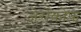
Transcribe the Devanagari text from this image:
ज़ेरोकोंफ़